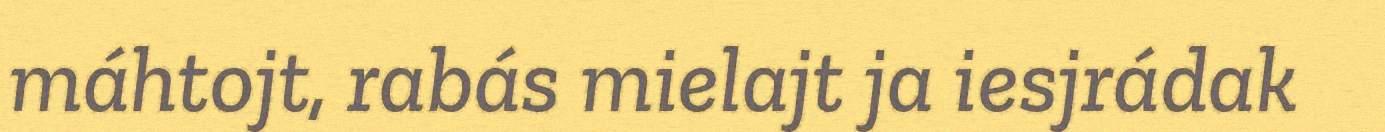
máhtojt, rabás mielajt ja iesjrádak